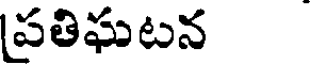
పతిఘటన